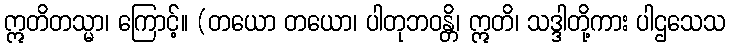
ဣတိတသ္မာ၊ ကြောင့်။ (တယော တယော၊ ပါတုဘဝန္တိ၊ ဣတိ၊ သဒ္ဒါတို့ကား ပါဌသေသ